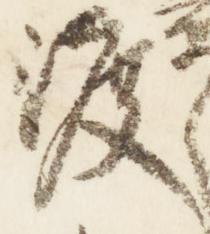
渡